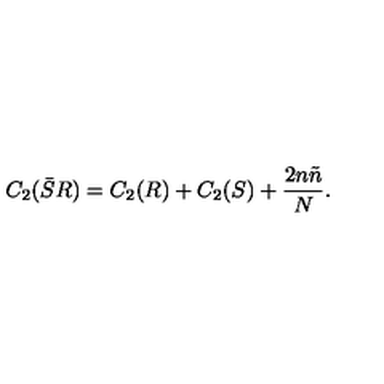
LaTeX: C _ { 2 } ( \bar { S } R ) = C _ { 2 } ( R ) + C _ { 2 } ( S ) + \frac { 2 n \tilde { n } } { N } .